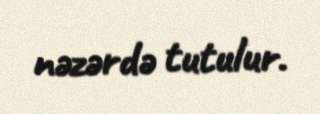
nəzərdə tutulur.